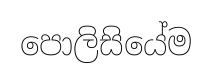
පොලිසියේම